Vaccination in the Punjab 1905-1918 - 1905-1918
Year: 1905
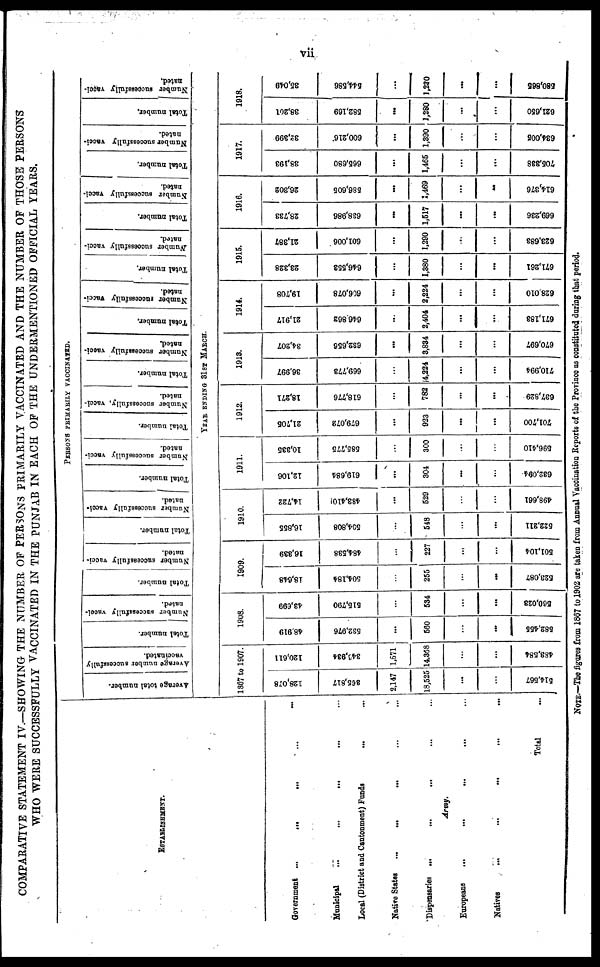
vii
COMPARATIVE STATEMENT IV.—SHOWING THE NUMBER OF PERSONS PRIMARILY VACCINATED AND THE NUMBER OF THOSE PERSONS
WHO WERE SUCCESSFULLY VACCINATED IN THE PUNJAB IN EACH OF THE UNDERMENTIONED OFFICIAL YEARS.
ESTABLISHMENT.
Government ...
...
... ... ...
Municipal
...
...
... ... ...
Local (District and Cantonment) Fonda
... ...
Native States ... ... ... ... ... ...
Dispensaries ...
... ... ... ...
Army.
Europeans
...
...
...
... ...
Natives
...
...
...
...
...
Total ...
PERSONS PRIMARILY VACCINATED.
Average total number.
Average number successfully
vaccinated.
Total number.
Number successfully vacci¬
nated.
Total number.
Number successfully vacci-
nated.
Total number.
Number successfully vicci¬
nated.
Total number.
Number successfully vacci-
nated.
Total number.
Number successfully, vacci-
nated.
Total number.
Number successfully vacci-
nated.
Total number.
Number successfully vacci-
nated.
Total number.
Number successfully vacci-
nated.
Total number.
Number successfully vacci-
nated.
Total number.
Number successfully vacci-
nated.
Total number.
Number successfully vacci-
nated.
YEAR ENDING 31ST MARCH.
1867 to 1907.
128,078
365,817
2,147
18,525
...
...
514,567
120,611
343,934
1,671
14,368
...
...
483,584
1908.
48,919
532,976
...
560
...
...
582,455
43,699
515,790
...
534
...
...
560,028
1909.
18,648
504,184
...
255
...
...
523,087
16,339
484,538
...
227
...
...
501,104
1910.
16,855
504,808
...
548
...
...
522,211
14,722
483,410
...
529
...
...
498,661
1911.
12,106
619,684
...
304
...
...
682,094
10,335
585,775
...
300
...
...
596,410
1912.
21,706
679,072
...
923
...
...
701,700
18,271
618,776
...
782
...
...
637,829
1913.
36,997
669,773
...
14,224
...
...
710,994
34,207
632,656
...
8,834
...
...
670,697
1914.
21,917
646,862
...
2,404
...
...
671,188
19,708
606,078
...
2,224
...
...
628,010
1915.
23,328
646,553
...
1,380
...
...
671,261
21,387
601,006
...
1,290
...
...
623,683
1916.
28,733
638,986
...
1,517
...
...
669,236
26,302
586,605
...
1,469
...
...
614,376
1917.
38,193
665,680
...
1,465
...
...
706,338
32,399
600,216
...
1,390
...
...
634,005
1918.
38,201
582,169
...
1,280
...
...
621,650
35,049
544,586
...
1,230
...
...
580,865
NOTE.—The figures from 1867 to 1902 are taken from Annual Vaccination Reports of the Province as constituted daring that period.